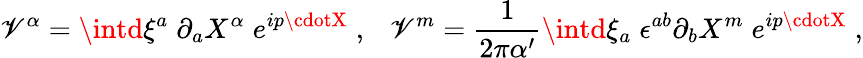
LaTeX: \mathscr{V}^{\alpha}=\intd\xi^{a}\; \partial_{a}X^{\alpha}\; e^{ip\cdotX}\; ,\ \ \ \mathscr{V}^{m}={\frac{{1}}{{2\pi\alpha^{\prime}}}}\intd\xi_{a}\; \epsilon^{ab}\partial_{b}X^{m}\; e^{ip\cdotX}\; ,